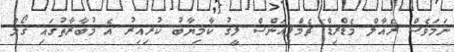
ނަމަވެސް ރެއާލް މެޑްރިޑް ޗެމްޕިއަންސް ލީގު ކާމިޔާބު ކުރިއިރު އެ މުބާރާތުގައި ގޯލް